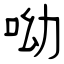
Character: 呦